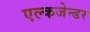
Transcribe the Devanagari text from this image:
एल्कजेन्डर